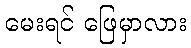
မေးရင် ဖြေမှာလား